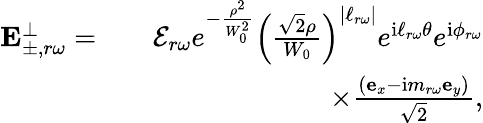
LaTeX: \begin{array}{rlr}{\mathbf{E}_{\pm,r\omega}^{\perp}=}&{}&{\mathcal{E}_{r\omega}e^{-\frac{\rho^{2}}{W_{0}^{2}}}\left(\frac{\sqrt{2}\rho}{W_{0}}\right)^{|\ell_{r\omega}|}e^{\mathrm{i}\ell_{r\omega}\theta}e^{\mathrm{i}\phi_{r\omega}}}\\ &{}&{\times\frac{(\mathbf{e}_{x}-\mathrm{i}m_{r\omega}\mathbf{e}_{y})}{\sqrt{2}},}\end{array}